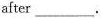
after ___.